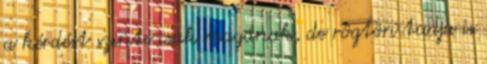
a kérdést szinte csak magának, de rögtön tudja is